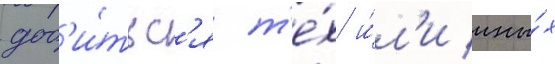
доб'и́тьс'я т'е́х и́л'и ины́х